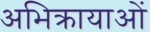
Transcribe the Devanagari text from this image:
अभिक्रायाओं